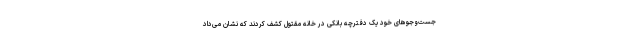
جست‌و‌جوهای خود یک دفترچه بانکی در خانه مقتول کشف کردند که نشان می‌داد